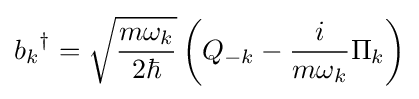
{b_{k}}^{\dagger }={\sqrt {\frac {m\omega _{k}}{2\hbar }}}\left(Q_{-k}-{\frac {i}{m\omega _{k}}}\Pi _{k}\right)